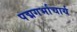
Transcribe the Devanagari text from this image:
पद्मगर्भाचार्य